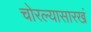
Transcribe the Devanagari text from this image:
चोरल्यासारखं